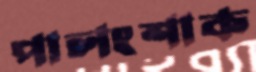
পালংশাক